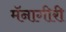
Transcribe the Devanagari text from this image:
मॅनागीरी